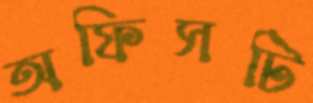
অফিসটি